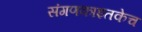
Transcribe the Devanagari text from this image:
संगणकाइतकेच